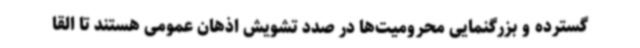
گسترده و بزرگنمایی محرومیت‌ها در صدد تشویش اذهان عمومی هستند تا القا